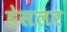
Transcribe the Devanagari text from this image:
हेसलर